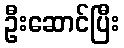
ဦးဆောင်ပြီး